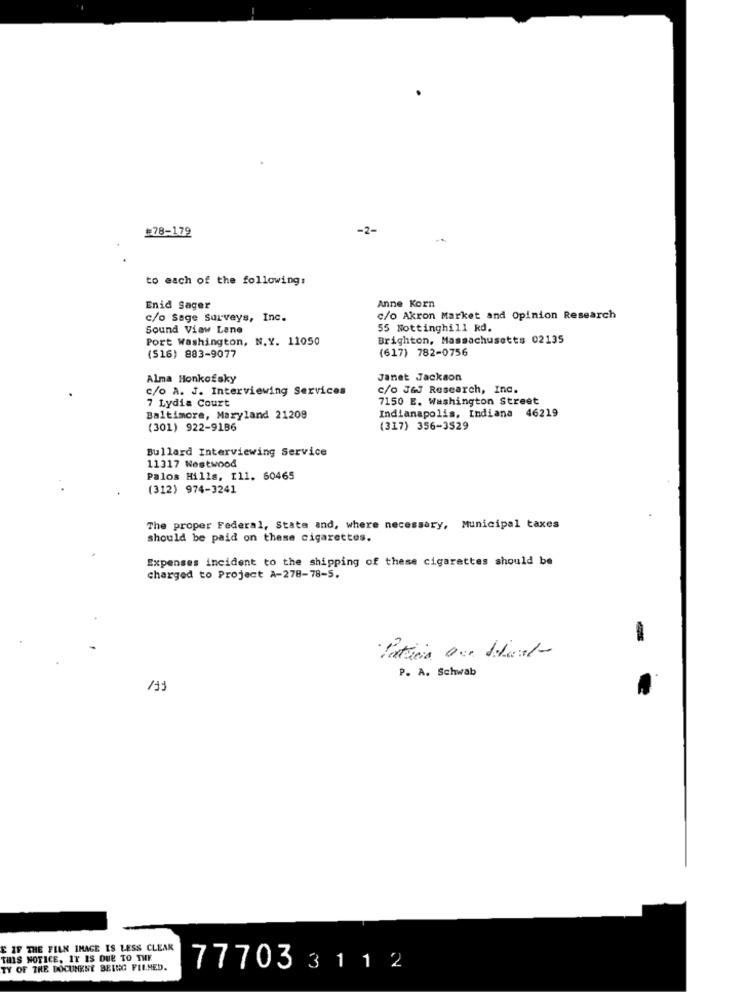
#78-179
-2-
to each of the following:
Enid Sager
Anne Korn
c/o Sage Surveys, Inc.
c/o Akron Market and Opinion Research
Sound View Lane
55 Nottinghill kd.
Port Washington, N.Y. 11050
Brighton, Massachusetts 02135
(617) 782-0756
(516) 883-9077
Alma Honkofsky
Janet Jackson
c/o A. J. Interviewing Services
c/o J&J Research, Inc.
7 Lydia Court
7150 E. Washington Street
Indianapolis, Indiana 46219
Baltimore, Maryland 21208
(301) 922-9186
(317) 356-3529
Bullard Interviewing Service
11317 Westwood
Palos Hills, 111. 60465
(312) 974-3241
The proper Federal, State and, where necessary, Municipal taxes
should be paid on these cigarettes.
Expenses incident to the shipping of these cigarettes should be
charged to Project A-278-78-5.
P. A. Schwab
E IF THE FILM IMAGE IS LESS CLEAR
THIS NOTICE, IT IS DUE TO THE
TY OF THE DOCUMENT BEING FILMED.
77703 311 2